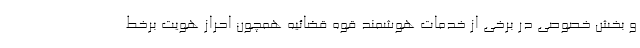
و بخش خصوصی در برخی از خدمات هوشمند قوه قضائیه همچون احراز هویت برخط